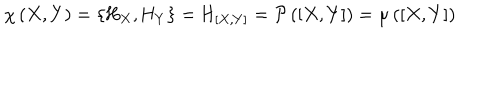
LaTeX: \chi \, ( X , Y ) = \{ \mathrm { H } _ { X } , \mathrm { H } _ { Y } \} = \mathrm { H } _ { [ X , Y ] } = { \cal P } \, ( [ X , Y ] ) = \mu \, ( [ X , Y ] )